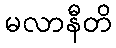
မလာနီတိ